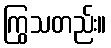
ကြွသတည်း။